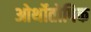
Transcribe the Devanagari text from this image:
ओर्थोतोपिक